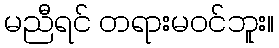
မညီရင် တရားမဝင်ဘူး။